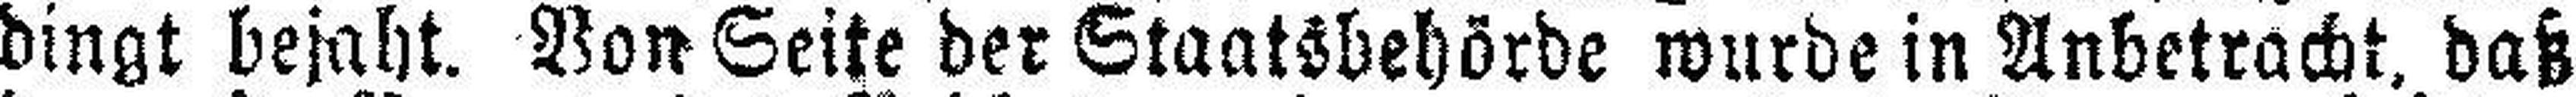
dingt bejaht. Von Seite der Staatsbehörde wurde in Anbetracht, daß